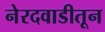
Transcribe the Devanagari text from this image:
नेरदवाडीतून